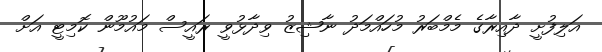
އަލިފުށީ ދާއިރާގެ މެމްބަރު މުހައްމަދު ނާޝިޒު ވިދާޅުވީ ރައީސް މައުމޫން ކޮމިޓީ އަށް